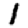
Digit: 1